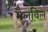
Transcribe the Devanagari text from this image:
मैलविल